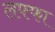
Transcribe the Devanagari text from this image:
लफ्फा